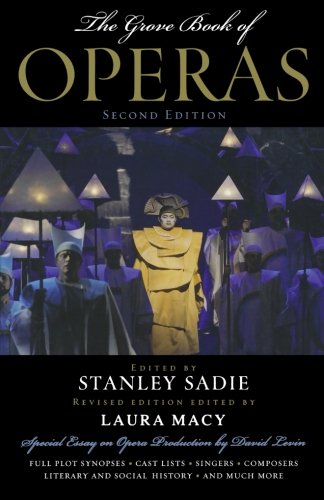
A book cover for Grove Book of Operas; Stanley Sadie; Humor & Entertainment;